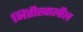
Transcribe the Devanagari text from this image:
भिंतीखालील